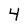
Character: 4